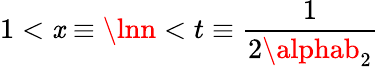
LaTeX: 1<\mathit{x}\equiv\lnn<t\equiv{\frac{{1}}{{2\alphab_{2}}}}